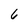
Character: 6